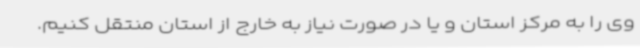
وی را به مرکز استان و یا در صورت نیاز به خارج از استان منتقل کنیم.